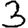
Digit: 3